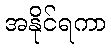
အနိုင်ရကာ